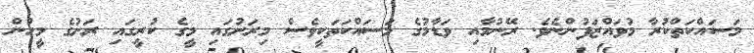
މަސައްކަތްކުރާ މުވައްޒަފުންނެވެ. ރޭނުމާއި ވަޑާމުގެ މަސައްކަތަކީވެސް މިރަށުގައި މީގެ ކުރީގައި ރަށުގެ މީހުން